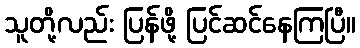
သူတို့လည်း ပြန်ဖို့ ပြင်ဆင်နေကြပြီ။